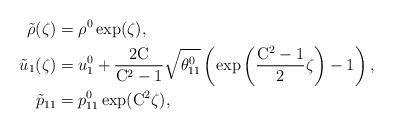
LaTeX: \begin{align*} \tilde{\rho}(\zeta) &= \rho^0\exp(\zeta),\\ \tilde{u}_1(\zeta) &= u_1^0+\frac{2\mathrm{C}}{\mathrm{C}^2-1}\sqrt{\theta_{11}^0} \left( \exp\left( \frac{\mathrm{C}^2-1}{2}\zeta\right)-1\right),\\ \tilde{p}_{11} &= p_{11}^0\exp(\mathrm{C}^2\zeta), \end{align*}